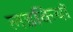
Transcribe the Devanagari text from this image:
लडकियॉ